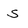
Character: S